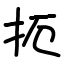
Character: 扼